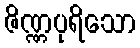
ဇိဏ္ဏပုရိသော